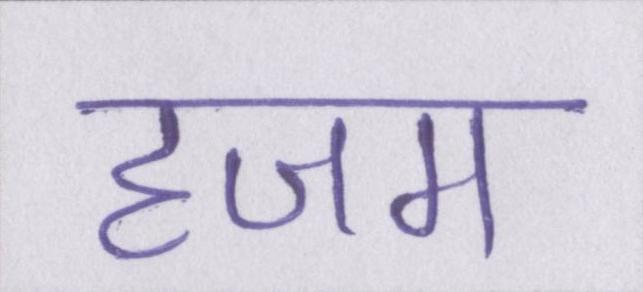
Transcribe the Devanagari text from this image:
हजम